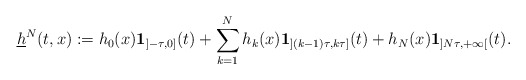
\begin{align*}\underline{h}^{N}(t,x):= h_0(x)\mathbf{1}_{]-\tau,0]} (t) + \sum_{k=1}^{N} h_k(x) \mathbf{1}_{](k-1)\tau,k\tau]} (t) + h_N(x) \mathbf{1}_{]N\tau,+\infty[} (t).\end{align*}